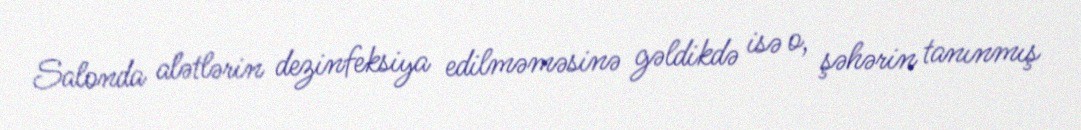
Salonda alətlərin dezinfeksiya edilməməsinə gəldikdə isə o, şəhərin tanınmış